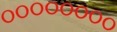
૦૦૦૦૦૦૦૦